system: You are a helpful assistant.
user:
Analyze the provided spectrum to determine if it is a **S-type Star**.

- **Key Indicators for S-type Star:**

    - **(Overall Spectrum Shape):** The first and most obvious characteristic is the overall continuum (the "baseline" shape). It is **extremely "red-sloping,"** meaning the flux (light intensity) is very low on the left side (blue, ~4000-4500 Å) and rises steeply and continuously toward the right side (red, ~7000 Å+).

    - **(Primary):** The spectrum is defined by the presence of strong, broad molecular absorption "valleys" (bands) from **Zirconium Oxide (ZrO)**. The identification of these bands is the **primary requirement** for classifying a star as S-type.
        - **(Key Bandheads):** You must find distinct, deep "dips" where the light has been absorbed. The most critical band systems to locate are:
            - **~6474 Å** ($\gamma$-system): This is often the strongest and clearest ZrO feature, found in the red part of the spectrum.
            - **~5718 Å** & **~5551 Å** ($\beta$-system): A pair of prominent absorption features in the yellow-orange part of the spectrum.
            - **~4640 Å** ($\alpha$-system): A key absorption band system in the blue-green region of the spectrum.

    - **(Secondary Confirmation):** The classification is strengthened by finding additional absorption bands from other related heavy element oxides, which are expected to be present alongside ZrO.
        - **(Key Bandheads):**
            - **Yttrium Oxide (YO):** Look for absorption dips near **~4800 Å** and **~6100 Å**.
            - **Lanthanum Oxide (LaO):** Additional absorption features, particularly in the red-orange part of the spectrum, are also characteristic.

    - **(Line Profile):** The combination of the steep red continuum and these numerous, deep molecular bands (ZrO, YO, etc.) gives the entire spectrum a very **"chopped-up"** or **"bumpy"** appearance. Instead of a smooth curve, the spectrum looks as though large, wide chunks of light have been "carved out" of it at the specific wavelengths listed above.

Think first, call **spectral_visualization_tool** if needed to examine features in detail, then provide your final answer. Your response must adhere to the following strict rules:
1.  **Overall Structure:** Your response must follow the format `<think>...</think> <tool_call>...</tool_call> (if a tool is used) <answer>...</answer>`.
2.  **Tool Usage Constraint:** You may only make **one** tool call per turn.
3.  **Final Answer Format:** In the `<answer>` tag, your conclusion must be inside a `\boxed{}` command (e.g., `\boxed{YES}` or `\boxed{NO}`), followed by your justification.

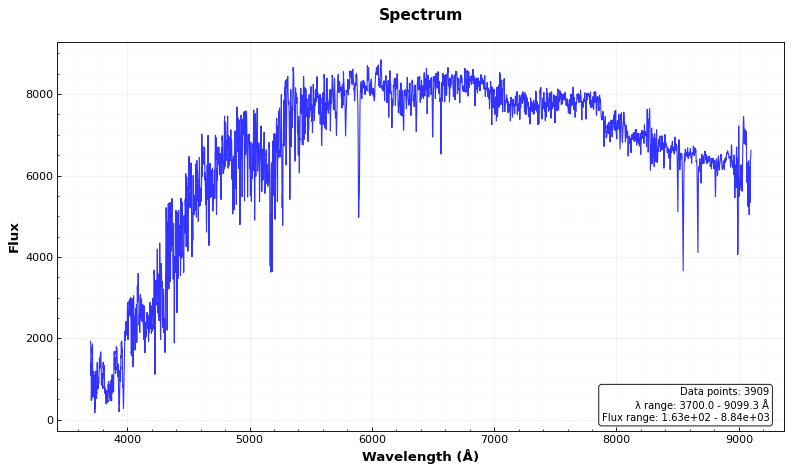
Answer: NO